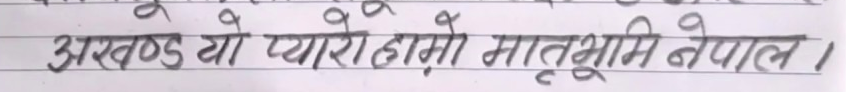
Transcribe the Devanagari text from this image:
अखण्ड यो प्यारो हाम्रो मातृभूमि नेपाल ।